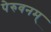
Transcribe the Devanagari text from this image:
पेरुवनम्